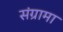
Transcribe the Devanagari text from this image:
संग्रामा